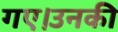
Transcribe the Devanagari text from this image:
गए।उनकी